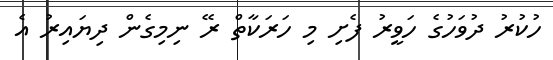
ހުކުރު ދުވަހުގެ ހަވީރު ފެށި މި ހަރަކާތް ރޭ ނިމިގެން ދިޔައިރު އެ